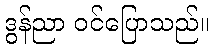
ဒွန်ညာ ဝင်ပြောသည်။